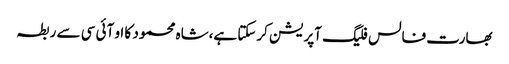
بھارت فالس فلیگ آپریشن کرسکتا ہے،شاہ محمود کا او آئی سی سے ربطہ